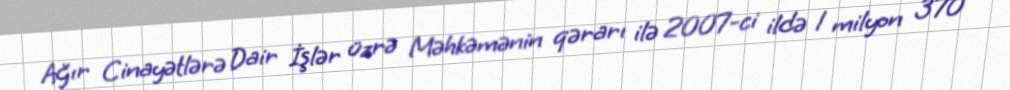
Ağır Cinayətlərə Dair İşlər üzrə Məhkəmənin qərarı ilə 2007-ci ildə 1 milyon 370